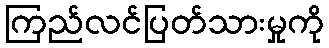
ကြည်လင်ပြတ်သားမှုကို